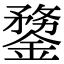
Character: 䥐